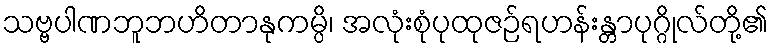
သဗ္ဗပါဏဘူဘဟိတာနုကမ္ပိ၊ အလုံးစုံပုထုဇဉ်ရဟန်းန္တာပုဂ္ဂိုလ်တို့၏